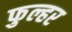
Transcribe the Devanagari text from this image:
फुल्हर